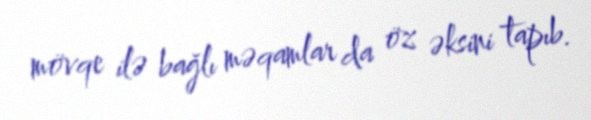
mövqe ilə bağlı məqamlar da öz əksini tapıb.